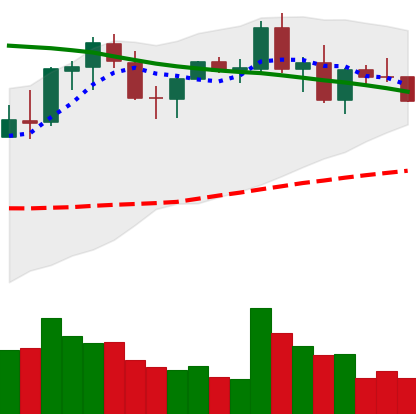
Ticker: NEO-USD
Chart end date: 2021-08-30
Forward return: 12.74%
Label: up_7plus